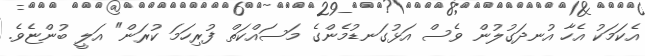
އެކަމަކު އެހާ އުނދަގުލުން ވެސް އަޅުގަނޑުމެންގެ މަސައްކަތް ފުރިހަމަ ކުރަން" އަލީ ބުންޏެވެ.